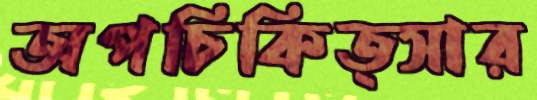
অপচিকিত্সার